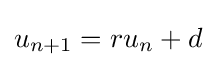
u_{n+1}=ru_{n}+d